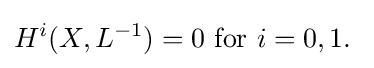
H^{i}(X,L^{-1})=0{\text{ for }}i=0,1.\